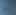
ليه